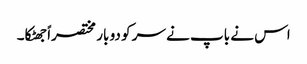
اس نے باپ نے سر کو دو بار مختصراً جھٹکا۔